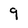
Character: 9